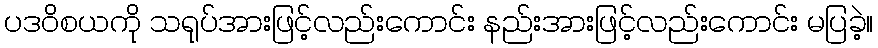
ပဒဝိစယကို သရုပ်အားဖြင့်လည်းကောင်း နည်းအားဖြင့်လည်းကောင်း မပြခဲ့။